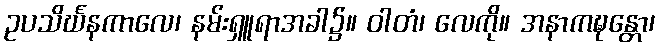
ဥပသိင်္ဃနကာလေ၊ နမ်းရှူရာအခါ၌။ ဝါတံ၊ လေကို။ အနာကဍ္ဎန္တော၊